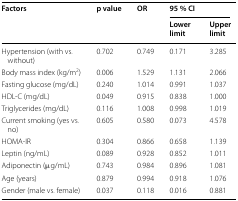
<table><thead><tr><td rowspan="2"><b>Factors</b></td><td rowspan="2"><b>p value</b></td><td rowspan="2"><b>OR</b></td><td colspan="2"><b>95 % CI</b></td></tr><tr><td><b>Lower limit</b></td><td><b>Upper limit</b></td></tr></thead><tbody><tr><td>Hypertension (with vs. without)</td><td>0.702</td><td>0.749</td><td>0.171</td><td>3.285</td></tr><tr><td>Body mass index (kg/m<sup>2</sup>)</td><td>0.006</td><td>1.529</td><td>1.131</td><td>2.066</td></tr><tr><td>Fasting glucose (mg/dL)</td><td>0.240</td><td>1.014</td><td>0.991</td><td>1.037</td></tr><tr><td>HDL-C (mg/dL)</td><td>0.049</td><td>0.915</td><td>0.838</td><td>1.000</td></tr><tr><td>Triglycerides (mg/dL)</td><td>0.116</td><td>1.008</td><td>0.998</td><td>1.019</td></tr><tr><td>Current smoking (yes vs. no)</td><td>0.605</td><td>0.580</td><td>0.073</td><td>4.578</td></tr><tr><td>HOMA-IR</td><td>0.304</td><td>0.866</td><td>0.658</td><td>1.139</td></tr><tr><td>Leptin (ng/mL)</td><td>0.089</td><td>0.928</td><td>0.852</td><td>1.011</td></tr><tr><td>Adiponectin (μg/mL)</td><td>0.743</td><td>0.984</td><td>0.896</td><td>1.081</td></tr><tr><td>Age (years)</td><td>0.879</td><td>0.994</td><td>0.918</td><td>1.076</td></tr><tr><td>Gender (male vs. female)</td><td>0.037</td><td>0.118</td><td>0.016</td><td>0.881</td></tr></tbody></table>